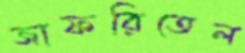
জাফরিতেল